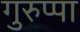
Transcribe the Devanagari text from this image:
गुरुप्पा